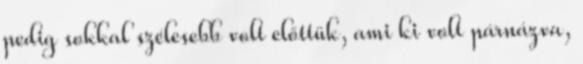
pedig sokkal szélesebb volt előttük, ami ki volt párnázva,